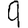
Digit: 9